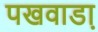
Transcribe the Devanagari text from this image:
पखवाडा़